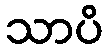
သာပိ